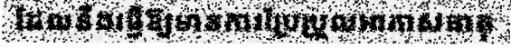
ដែលនឹងធ្វើឱ្យមានការប្រែប្រួលអាកាសធាតុ